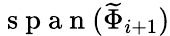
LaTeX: \mathrm{~s~p~a~n~}(\widetilde{\Phi}_{i+1})